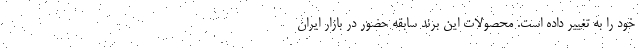
خود را به تغییر داده است. محصولات این برند سابقه حضور در بازار ایران